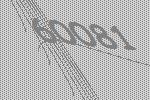
60081